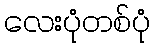
လေးပုံတစ်ပုံ